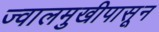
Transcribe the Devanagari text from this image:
ज्वालमुखीपासून